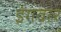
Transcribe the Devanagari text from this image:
इंगवार